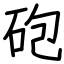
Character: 砲